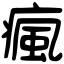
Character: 瘋